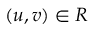
( u , v ) \in R